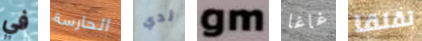
في الحارسة ثدي gm غاغا تقلقا